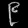
Digit: ၉